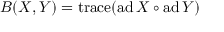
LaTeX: B ( X , Y ) = \operatorname { t r a c e } ( \operatorname { a d } X \circ \operatorname { a d } Y )